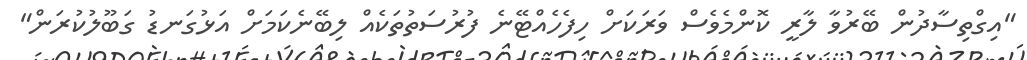
"އިގްތިސާދުން ބޭރުވާ ލާރީ ކޮންމެވެސް ވަރަކަށް ހިފެހެއްޓޭނެ ފުރުސަތުތަކެއް ލިބޭނެކަމަށް އަޅުގަނޑު ގަބޫލުކުރަން"